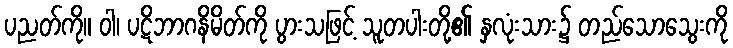
ပညတ်ကို။ ဝါ၊ ပဋိဘာဂနိမိတ်ကို ပွားသဖြင့် သူတပါးတို့၏ နှလုံးသား၌ တည်သောသွေးကို